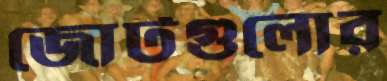
জোটগুলোর